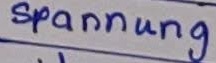
Text: Spannung